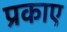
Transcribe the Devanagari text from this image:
प्रकाए